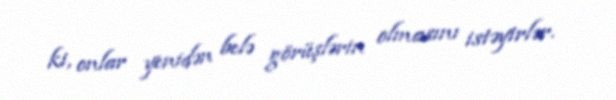
ki, onlar yenidən belə görüşlərin olmasını istəyirlər.